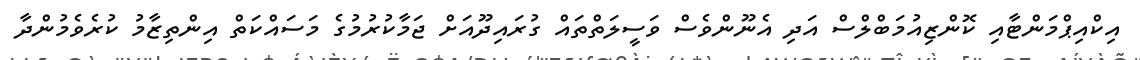
އިކްއިޕްމަންޓާއި ކޮންޒިއުމަބްލްސް އަދި އެނޫންވެސް ވަސީލަތްތައް ގުރައިދޫއަށް ޖަމާކުރުމުގެ މަސައްކަތް އިންތިޒާމު ކުރެވެމުންދާ